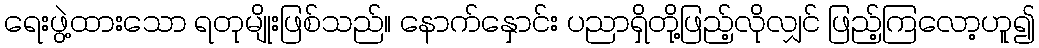
ရေးဖွဲ့ထားသော ရတုမျိုးဖြစ်သည်။ နောက်နှောင်း ပညာရှိတို့ဖြည့်လိုလျှင် ဖြည့်ကြလော့ဟူ၍